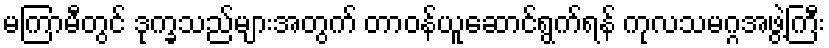
မကြာမီတွင် ဒုက္ခသည်များအတွက် တာဝန်ယူဆောင်ရွက်ရန် ကုလသမဂ္ဂအဖွဲ့ကြီး